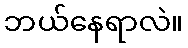
ဘယ်နေရာလဲ။